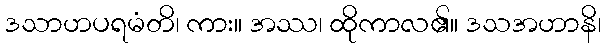
ဒသာဟပရမံတိ၊ ကား။ အဿ၊ ထိုကာလ၏။ ဒသအဟာနိ၊